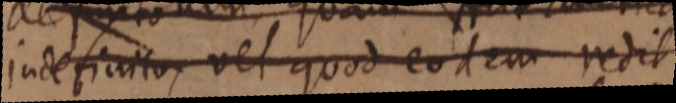
indefinito, vel quod eodem redit